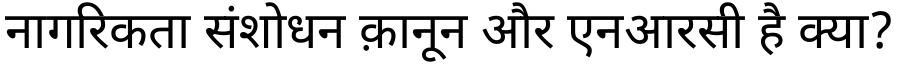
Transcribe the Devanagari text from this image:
नागरिकता संशोधन क़ानून और एनआरसी है क्या?